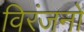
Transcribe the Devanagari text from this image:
विरंजनों